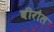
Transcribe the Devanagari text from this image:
बीरौल